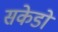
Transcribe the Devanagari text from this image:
सकेडो